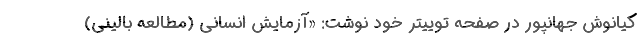
کیانوش جهانپور در صفحه توییتر خود نوشت: «آزمایش انسانی (مطالعه بالینی)